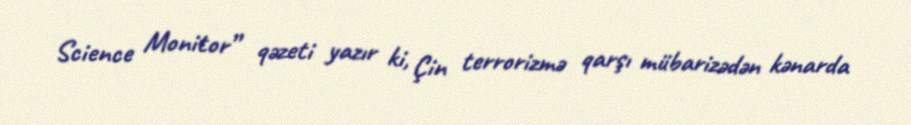
Science Monitor” qəzeti yazır ki, Çin terrorizmə qarşı mübarizədən kənarda